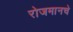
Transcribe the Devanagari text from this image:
रोजमानचे